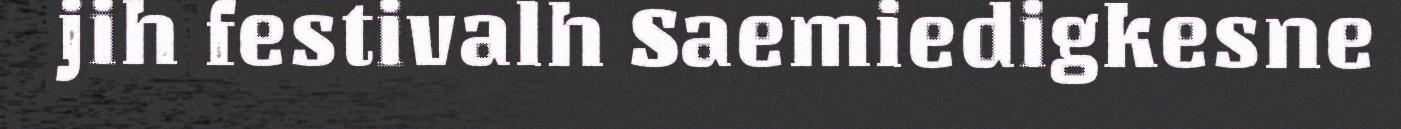
jih festivalh Saemiedigkesne